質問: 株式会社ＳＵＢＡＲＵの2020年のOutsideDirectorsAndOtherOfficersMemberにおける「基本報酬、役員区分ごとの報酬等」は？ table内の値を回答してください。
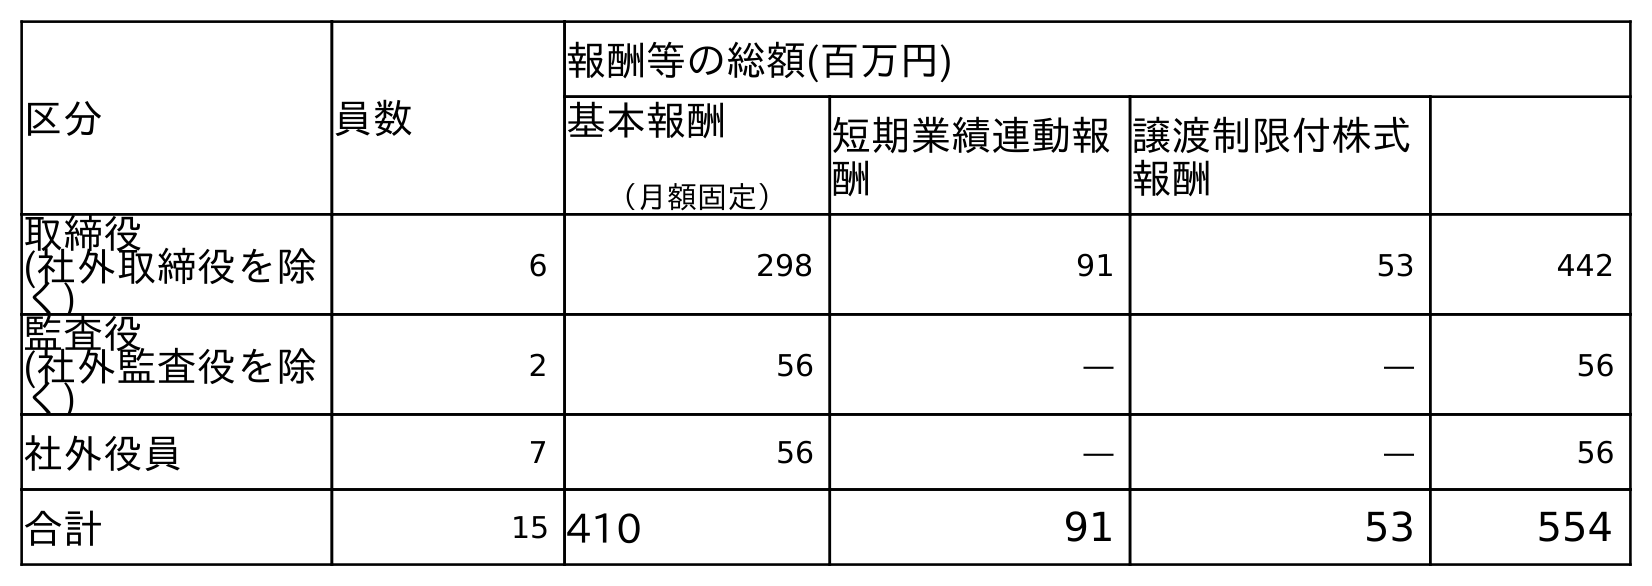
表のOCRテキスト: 区分 員数 報酬等の総額(百万円) 基本報酬 （月額固定） 短期業績連動報 酬 譲渡制限付株式 報酬 取締役 (社外取締役を除 く) 6 298 91 53 442 監査役 (社外監査役を除 く) 2 56 ― ― 56 社外役員 7 56 ― ― 56 合計 15 410 91 53 554
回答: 56